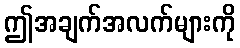
ဤအချက်အလက်များကို